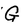
Character: G